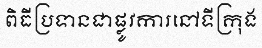
ពិធីប្រទានជាផ្លូវការនៅទីក្រុង